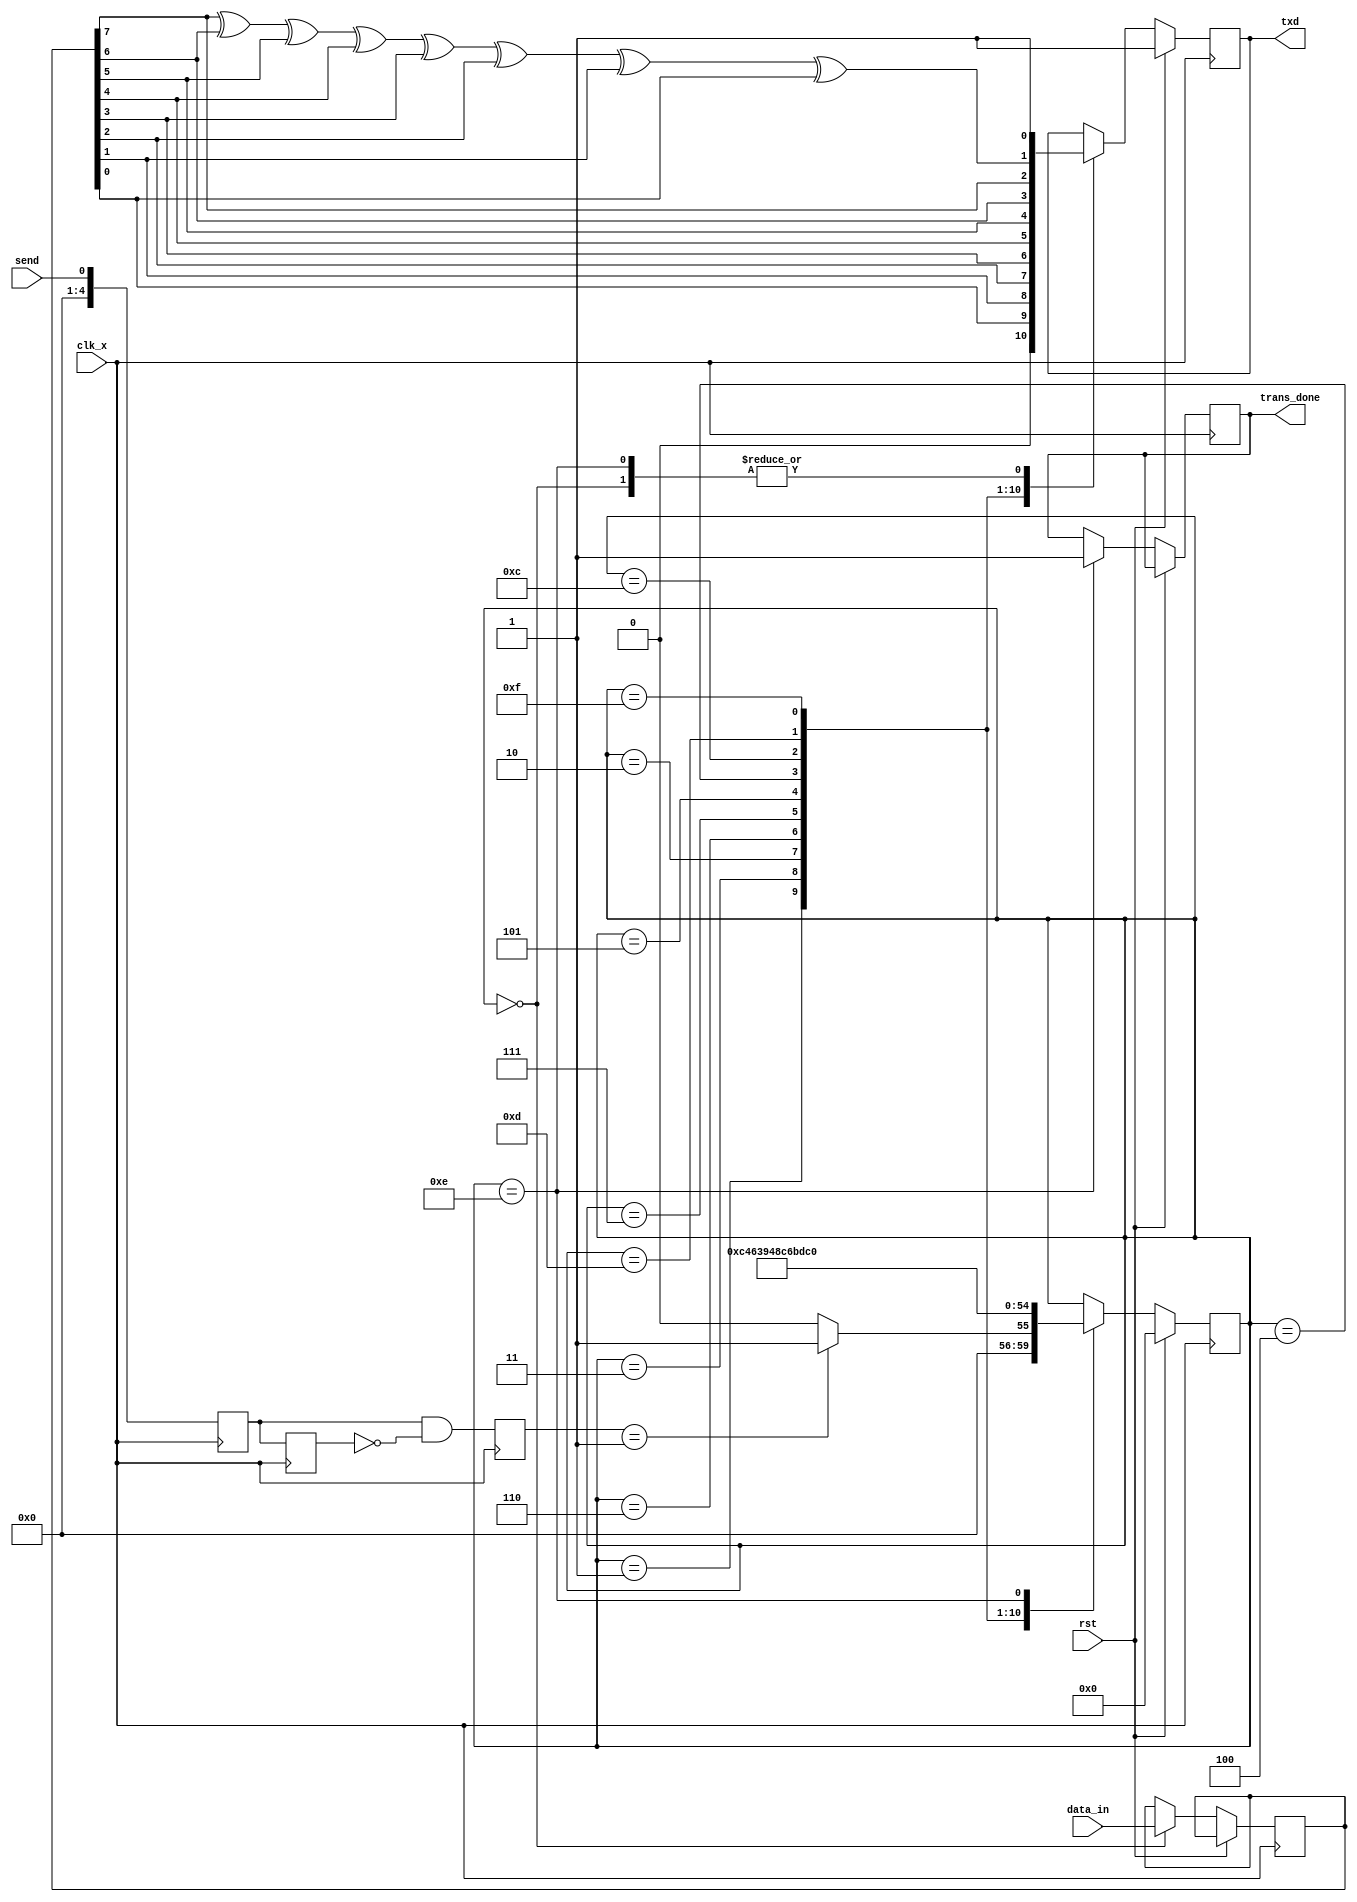
`timescale 1ns / 1ps

//
module uart_tx(clk_x,rst,data_in,send,trans_done,txd);
input clk_x;
input rst;
input[7:0] data_in;
input send;
output reg trans_done = 0;
output reg txd = 1;

reg[10:0] clk_x_cnt=0;
reg[7:0] data_in_buf;
reg[4:0] act0,act1;
reg[4:0] act_down;

parameter 
    idle=5'b00000,
    start=5'b00001,
    b0=5'b00011,          
    b1=5'b00010,
    b2=5'b00110,
    b3=5'b00111,
    b4=5'b00101,
    b5=5'b00100,
    b6=5'b01100,
    b7=5'b01101,
    check=5'b01111,
    stop=5'b01110;
reg[4:0] present_state=idle;
//assign led[4:0]=present_state;
always@(posedge clk_x)
begin
    act0<=send;
    act1<=act0;
    act_down<=act0&~act1;
    
    if(rst) //
    begin
        present_state <= idle;
        clk_x_cnt <= 'd0;
        txd <= 1;
    end
    else begin
     case(present_state)
        idle: begin //
                txd<=1;
                data_in_buf<=data_in;
                if(act_down==1) //
                begin
                    present_state <= start;
                end
                else
                    present_state <= idle;        
             end
             start: begin
                txd <= 'd0; //
                present_state <= b0;
             end
             b0: begin
                txd <= data_in_buf[0];//0
                present_state<=b1;
             end
             b1: begin
                txd<=data_in_buf[1];//1
                present_state<=b2;
             end
             b2: begin
                txd<=data_in_buf[2];//2
                present_state<=b3;
             end
             b3: begin
                txd<=data_in_buf[3];//3
                present_state<=b4;
             end
             b4: begin
                txd<=data_in_buf[4];//4
                present_state<=b5;
             end
             b5: begin
                txd<=data_in_buf[5];//5
                present_state<=b6;
             end
             b6: begin
                txd<=data_in_buf[6];//6
                present_state<=b7;
             end
             b7: begin
                txd<=data_in_buf[7];//7
                present_state<=check;
             end
             check: begin//
                txd<=data_in_buf[7]^data_in_buf[6]^data_in_buf[5]^data_in_buf[4]^data_in_buf[3]^data_in_buf[2]^data_in_buf[1]^data_in_buf[0];
                present_state<=stop;
             end
             stop: begin//
                txd<='d1;
                trans_done <= 1;
                 present_state<=idle;//
             end
        endcase
    end
    
end

endmodule